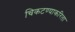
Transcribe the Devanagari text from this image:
चिकटण्याकरिता